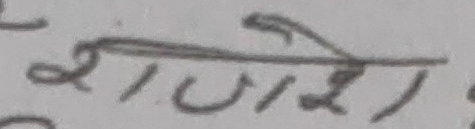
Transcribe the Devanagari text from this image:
शाजर्शे